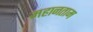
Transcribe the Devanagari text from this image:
महानताम